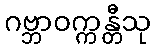
ဂဗ္ဘာဝက္ကန္တီသု